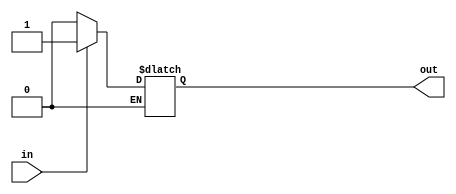
module test(in, out);
	input in;
	output reg out;
	
	always @(*) begin
		if (in == 1) begin
			out <= 1;
			$display("this is the first message");
			end
		else if (in == 0)
			out <= 0;
		else if (in > 1'b1)
			$display("print to system if in is %b and more than one if/elif block runs \
						in an always block", in);
	end
endmodule

module test_case_blocks(in, out);
	// tests multiline case blocks.
	input in;
	output reg out;
	
	always @(*) begin
		case(in)
			1'b1: begin 
				out <= 1;
				$display("display the first message");
				$display("display the second message");
				end
			1'b0: begin 
				out <= 0;
				$display("display the third message");
				end
			default: out <= 0;
		endcase
	end
endmodule